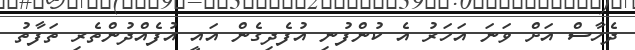
ދެހާސް އަށް ވަނަ އަހަރު އެ ކުންފުނި އުފެދިގެން އައީ އުފެއްދުންތެރި ތަފާތު